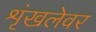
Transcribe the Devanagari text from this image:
शृंखलेवर